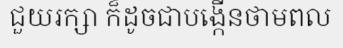
ជួយរក្សា ក៏ដូចជាបង្កើនថាមពល